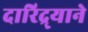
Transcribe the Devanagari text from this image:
दारिद्र्याने